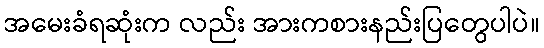
အမေးခံရဆုံးက လည်း အားကစားနည်းပြတွေပါပဲ။